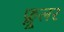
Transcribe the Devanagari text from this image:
फ्लूलर